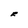
Character: F